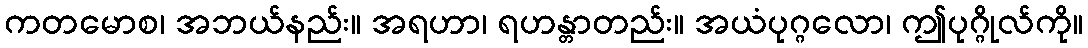
ကတမောစ၊ အဘယ်နည်း။ အရဟာ၊ ရဟန္တာတည်း။ အယံပုဂ္ဂလော၊ ဤပုဂ္ဂိုလ်ကို။